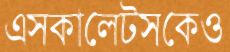
এসকালেটসকেও